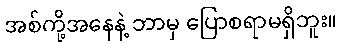
အစ်ကို့အနေနဲ့ ဘာမှ ပြောစရာမရှိဘူး။